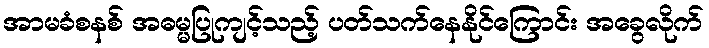
အာမခံစနစ် အဓမ္မပြုကျင့်သည့် ပတ်သက်နေနိုင်ကြောင်း အခွေလိုက်